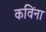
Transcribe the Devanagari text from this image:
कविंना